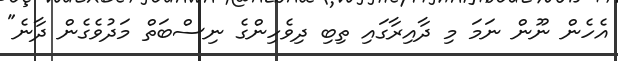
އެހެން ނޫން ނަމަ މި ދާއިރާގައި ތިބި ދިވެހިންގެ ނިސްބަތް މަދުވެގެން ދާނެ"